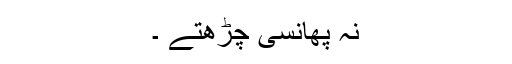
نہ پھانسی چڑھتے ۔